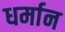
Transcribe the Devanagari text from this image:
धर्मान